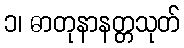
၁၊ ဓာတုနာနတ္တသုတ်